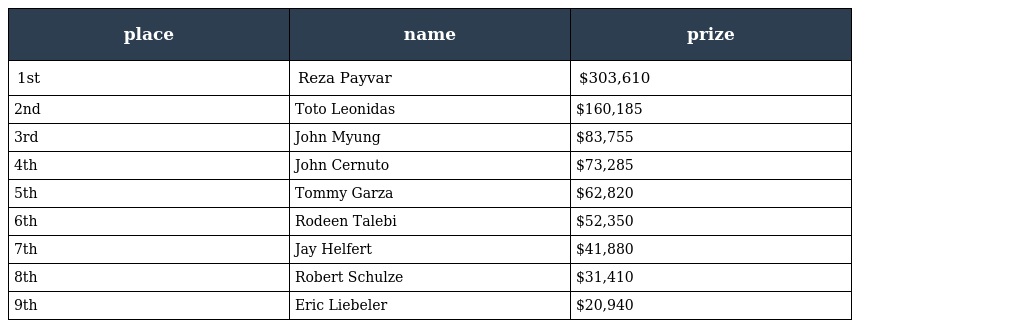
| place | name | prize |
 | --- | --- | --- |
 | 1st | Reza Payvar | $303,610 |
 | 2nd | Toto Leonidas | $160,185 |
 | 3rd | John Myung | $83,755 |
 | 4th | John Cernuto | $73,285 |
 | 5th | Tommy Garza | $62,820 |
 | 6th | Rodeen Talebi | $52,350 |
 | 7th | Jay Helfert | $41,880 |
 | 8th | Robert Schulze | $31,410 |
 | 9th | Eric Liebeler | $20,940 |